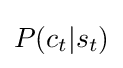
\textstyle P(c_{t}|s_{t})